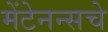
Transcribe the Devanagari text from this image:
मेंटेनन्सचे